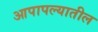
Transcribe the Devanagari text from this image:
आपापल्यातील